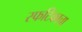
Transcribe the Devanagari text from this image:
स्फटिकाचा